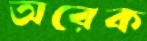
অরেক